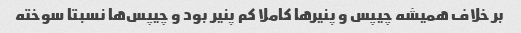
بر خلاف همیشه چیپس و پنیر‌ها کاملا کم پنیر بود و چیپس‌ها نسبتا سوخته